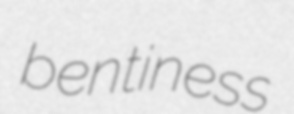
bentiness